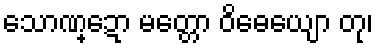
သောဏ္ဍော မတ္တော ဝိဓေယျော တု၊